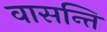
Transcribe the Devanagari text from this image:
वासन्ति